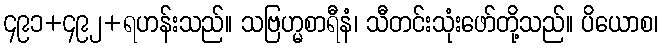
၄၉၁+၄၉၂+ရဟန်းသည်။ သဗြဟ္မစာရီနံ၊ သီတင်းသုံးဖော်တို့သည်။ ပိယောစ၊